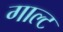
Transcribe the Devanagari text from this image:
गाल्ट